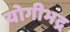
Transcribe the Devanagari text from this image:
योगीभद्र